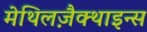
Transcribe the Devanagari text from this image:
मेथिलज़ैक्थाइन्स